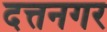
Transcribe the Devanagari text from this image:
दत्तनगर